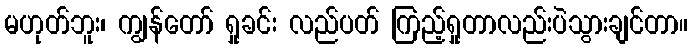
မဟုတ်ဘူး၊ ကျွန်တော် ရှုခင်း လည်ပတ် ကြည့်ရှုတာလည်းပဲသွားချင်တာ။